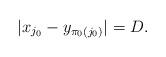
LaTeX: \begin{align*}|x_{j_0}-y_{\pi_0(j_0)}|=D.\end{align*}